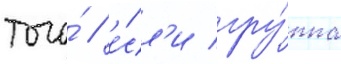
того́ / е́сл'и гру́ппа